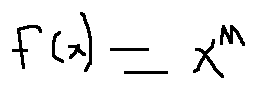
f ( x ) = x ^ { n }